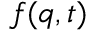
f ( \boldsymbol { q } , t )